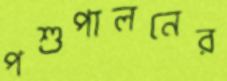
পশুপালনের